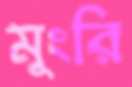
মুংরি